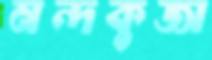
নন্দকুজা